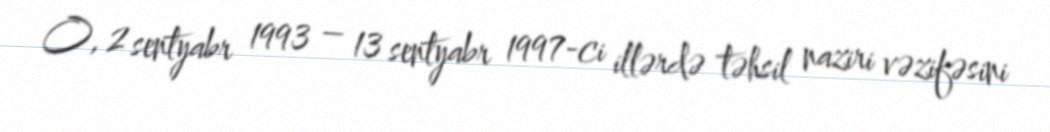
O, 2 sentyabr 1993 – 13 sentyabr 1997-ci illərdə təhsil naziri vəzifəsini